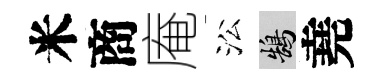
米商庵㳂鵠堯